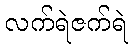
လက်ရဲဇက်ရဲ